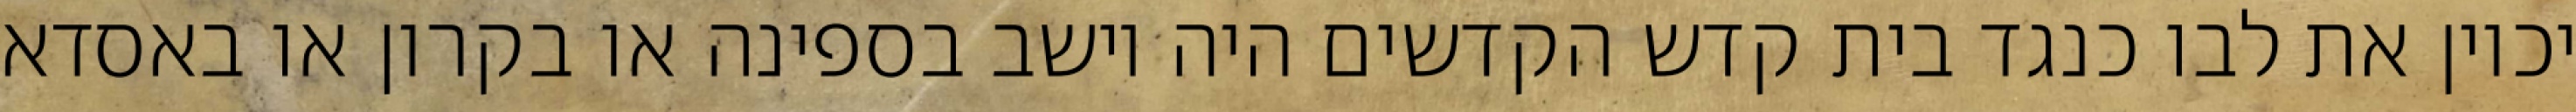
יכוין את לבו כנגד בית קדש הקדשים היה יושב בספינה או בקרון או באסדא